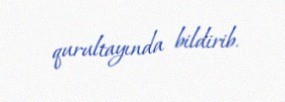
qurultayında bildirib.